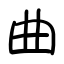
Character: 曲